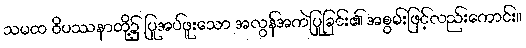
သမထ ဝိပဿနာတို့၌ ပြုအပ်ဖူးသော အလွန်အကဲပြုခြင်း၏ အစွမ်းဖြင့်လည်းကောင်း။